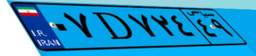
۰۷D۷۲۴۴۹